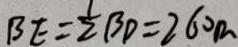
B E = \frac { 1 } { 2 } B D = 2 6 0 R